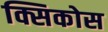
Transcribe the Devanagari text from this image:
क्सिकोस